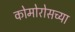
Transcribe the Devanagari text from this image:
कोमोरोसच्या